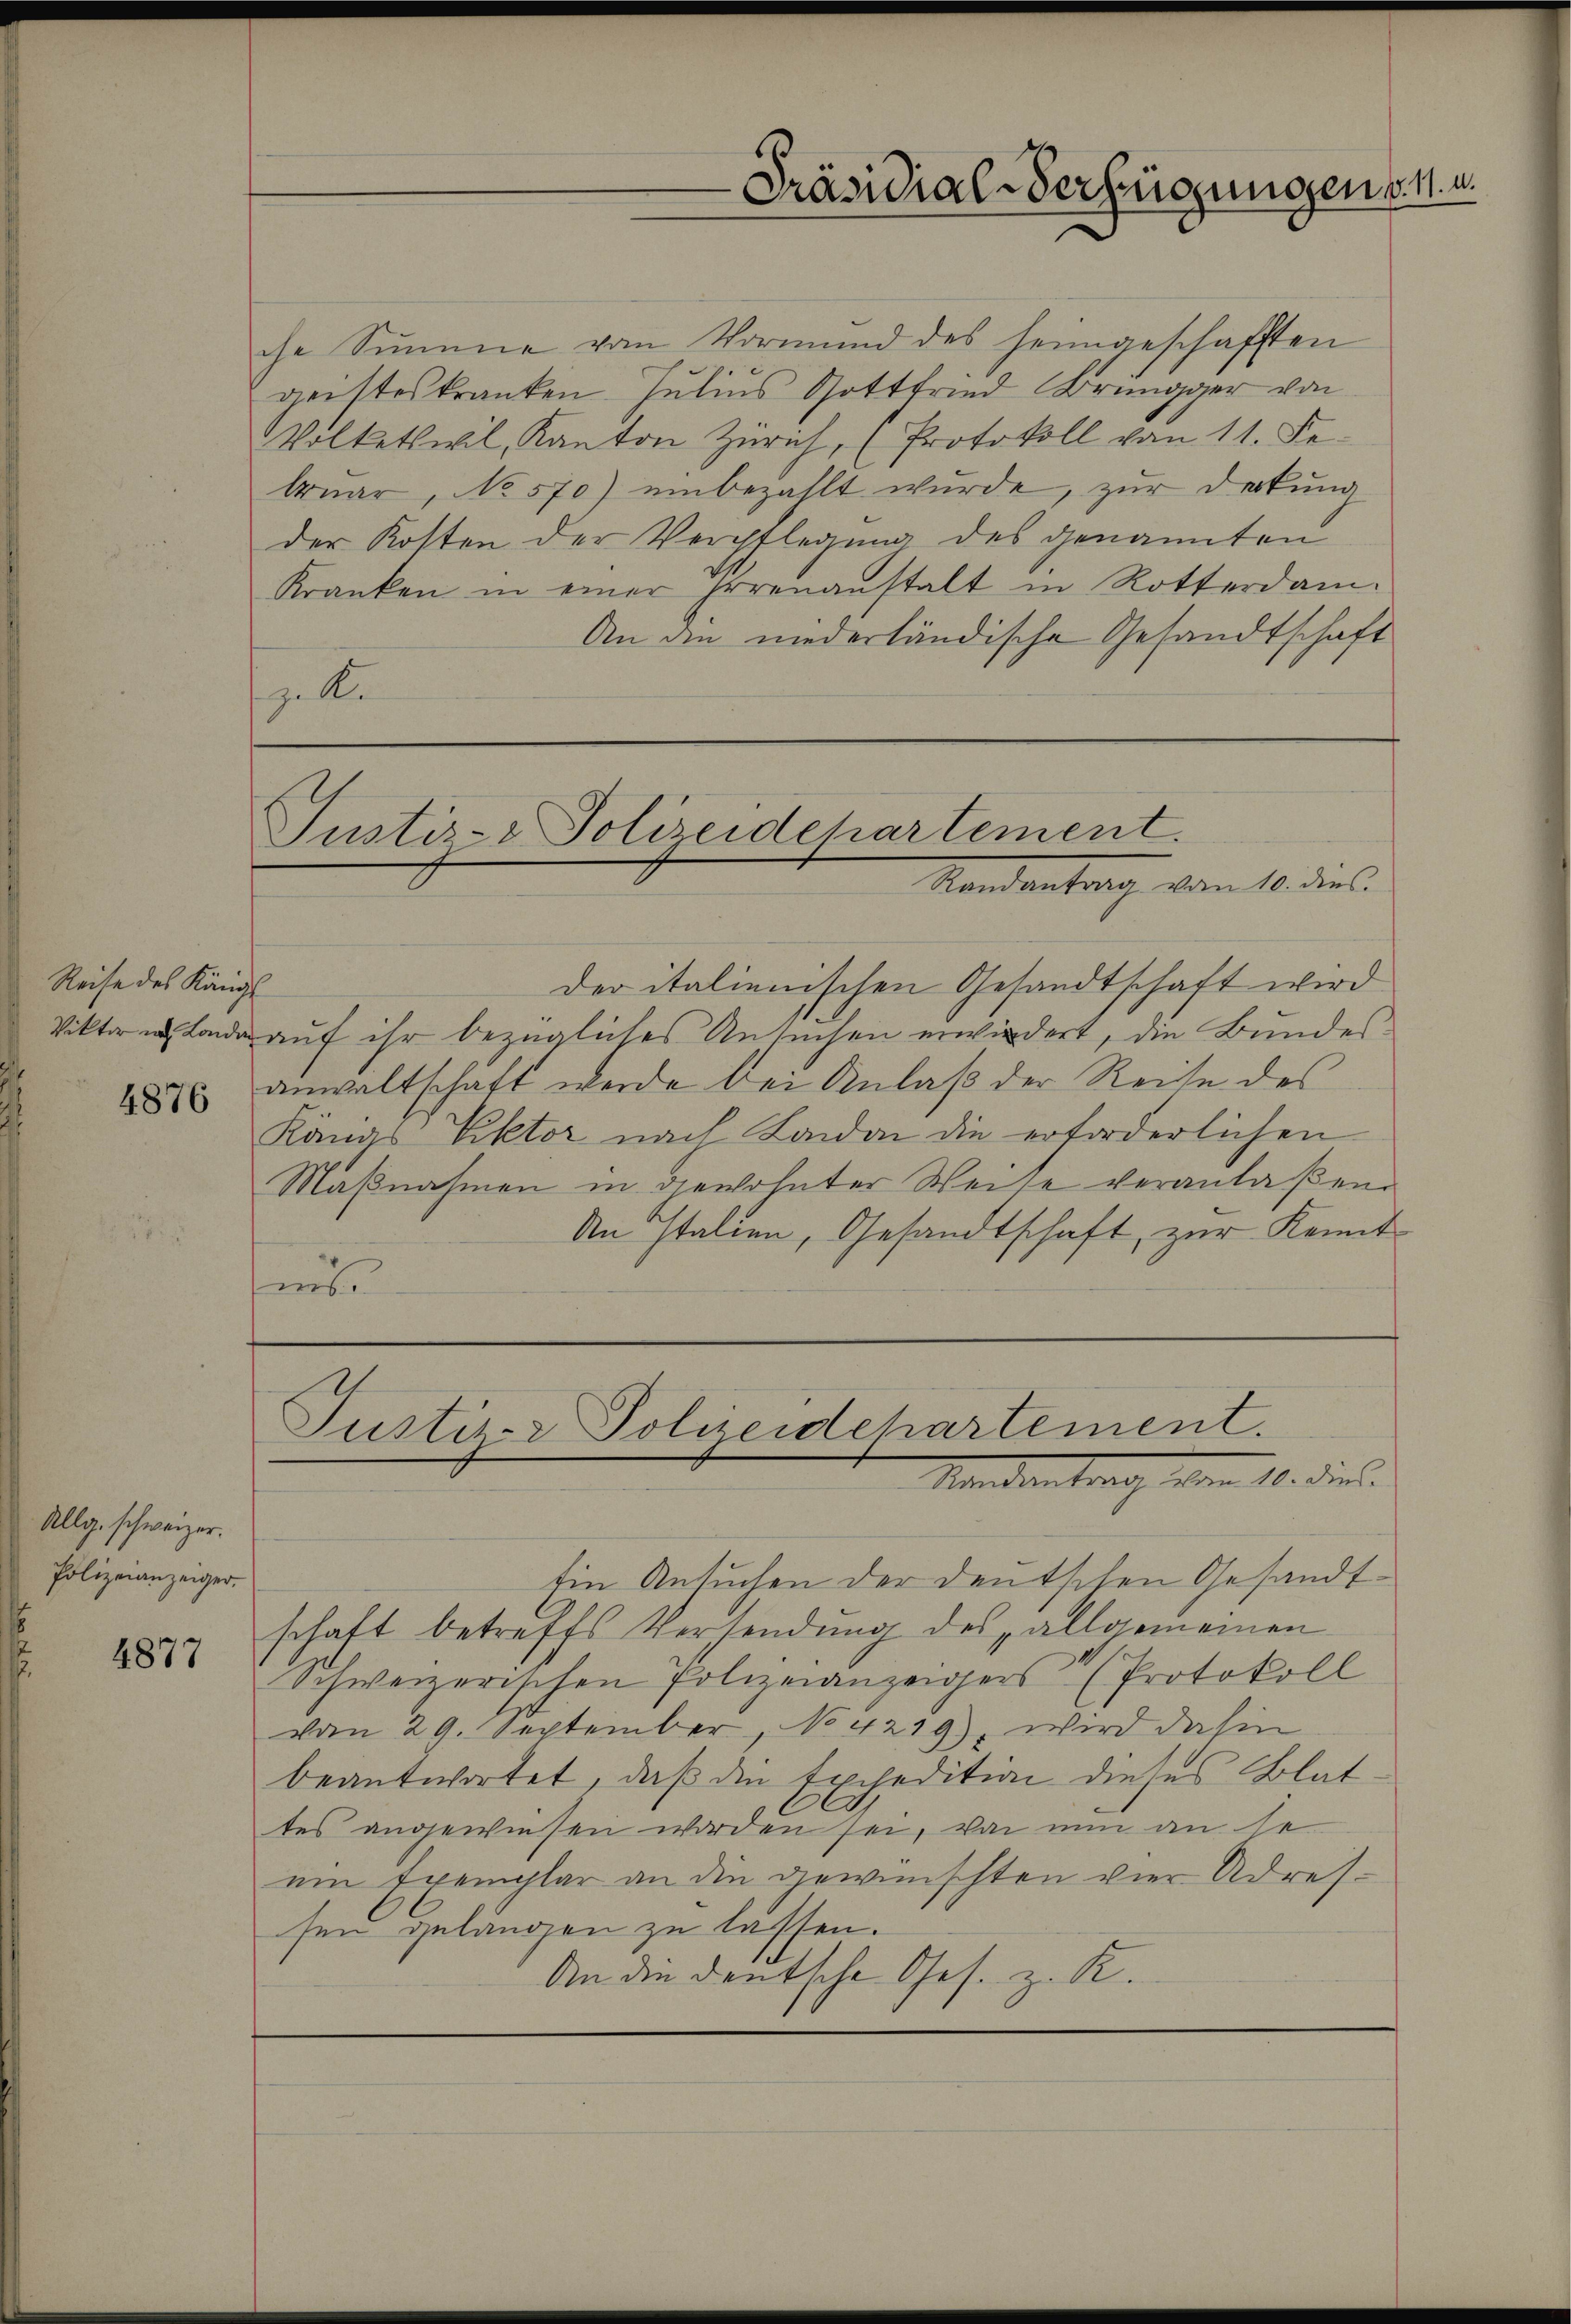
Reise des Königl.
4876

Allg. schweizer.
Polizeianzeiger.

4877

che Summe vom Vormŭnd des heimgeschafften
geisteskranken. Julius Gottfried Brüngger von
Wolketswil, Kanton Zürich, (Protokoll vom 11. Februar, No 570) einbezahlt wurde, zur Deckung
der Kosten der Verpflegung des genannten
Kranken in einer Errenanstalt in Rotterdam-
An die niederländische Gesandtschaft
z. R.

Justiz- & Polizeidepartement.
Standentrag vom 10. des

Justi- & Polizeidchartement.
Mindentrag vom 10. dies

Präsidial-Verfügungen v. a.

der italienischen Gesandtschaft wird
Viktor in Lande auf ihr bezügliches Ansuchen erwiedert, die Bundes
anwaltschaft werde bei Anlaß der Reise des
Känas Viktor nach Landon die erforderlichen
Maßnahmen in gewohnter Weise veranlaßen
An Italien, Gesandtschaft, zur Kenntnbr

Ein Ansuchen der deutschen Gesandtschaft betreffs Versendung des allgemeinen
Schweizerischen Polizeianzeigers (Protokoll
vom 29. September, No 4219), wird dahin
beantwortet, daß die Expedition dieses Blat
tes angewiesen worden sei, von nun an se
ein Exemplar an die gewünschten vier Adressen gelangen zu lassen.
An die deutsche Ges. z. R.